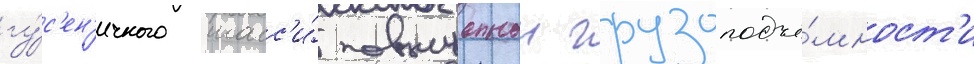
гу́с'ен'ичного шасс'и́ повышеннои грузоподъё́мност'и